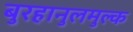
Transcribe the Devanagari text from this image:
बुरहानुलमुल्क